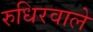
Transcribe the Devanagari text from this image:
रुधिरवाले